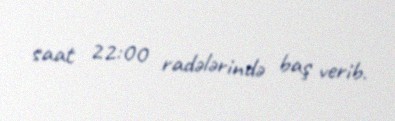
saat 22:00 radələrində baş verib.